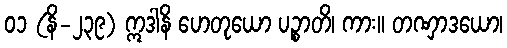
၀၁ (နိ-၂၃၉) ဣဒါနိ ဟေတုယော ပဉ္စာတိ၊ ကား။ တဏှာဒယော၊